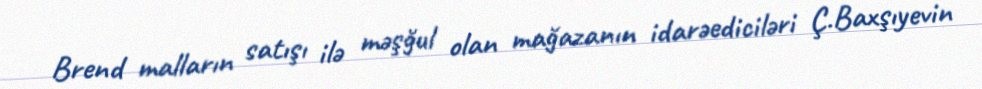
Brend malların satışı ilə məşğul olan mağazanın idarəediciləri Ç.Baxşıyevin